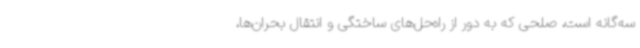
سه‌گانه است، صلحی که به دور از راه‌حل‌های ساختگی و انتقال بحران‌ها،